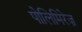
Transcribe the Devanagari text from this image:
पोलिमिरेज़